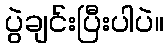
ပွဲချင်းပြီးပါပဲ။